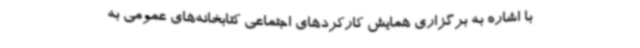
با اشاره به برگزاری همایش کارکردهای اجتماعی کتابخانه‌های عمومی به